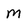
Character: M